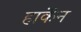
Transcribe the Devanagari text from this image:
हार्केन